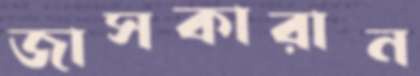
জাসকারান